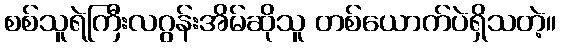
စစ်သူရဲကြီးလဂွန်းအိမ်ဆိုသူ တစ်ယောက်ပဲရှိသတဲ့။